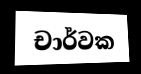
චාර්වක